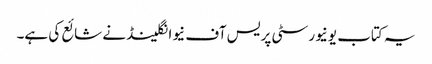
یہ کتاب یونیورسٹی پریس آف نیوانگلینڈ نے شائع کی ہے۔